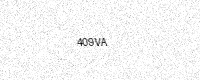
Text: 409VA